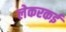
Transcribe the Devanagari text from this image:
लेकरकई